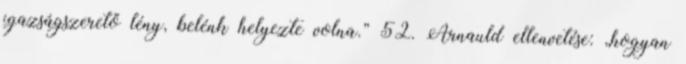
igazságszerető lény, belénk helyezte volna.” 52. Arnauld ellenvetése: „hogyan